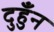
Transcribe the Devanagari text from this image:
दुहुँन